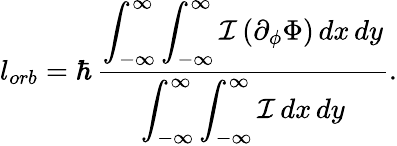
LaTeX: l_{orb}=\hbar\, \frac{\displaystyle\int_{-\infty}^{\infty}\int_{-\infty}^{\infty}\mathcal{I}\, (\partial_{\phi}\Phi)\, dx\, dy}{\displaystyle\int_{-\infty}^{\infty}\int_{-\infty}^{\infty}\mathcal{I}\, dx\, dy}.